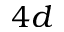
4 d